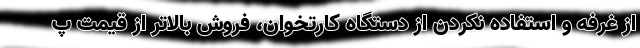
از غرفه و استفاده نکردن از دستگاه کارتخوان، فروش بالاتر از قیمت پ